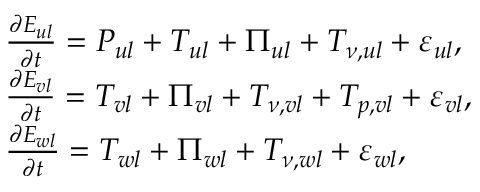
\begin{array} { r l } & { \frac { \partial E _ { u l } } { \partial t } = { P } _ { u l } + T _ { u l } + \Pi _ { u l } + T _ { \nu , u l } + \varepsilon _ { u l } , } \\ & { \frac { \partial E _ { v l } } { \partial t } = T _ { v l } + \Pi _ { v l } + T _ { \nu , v l } + T _ { p , v l } + \varepsilon _ { v l } , } \\ & { \frac { \partial E _ { w l } } { \partial t } = T _ { w l } + \Pi _ { w l } + T _ { \nu , w l } + \varepsilon _ { w l } , } \end{array}